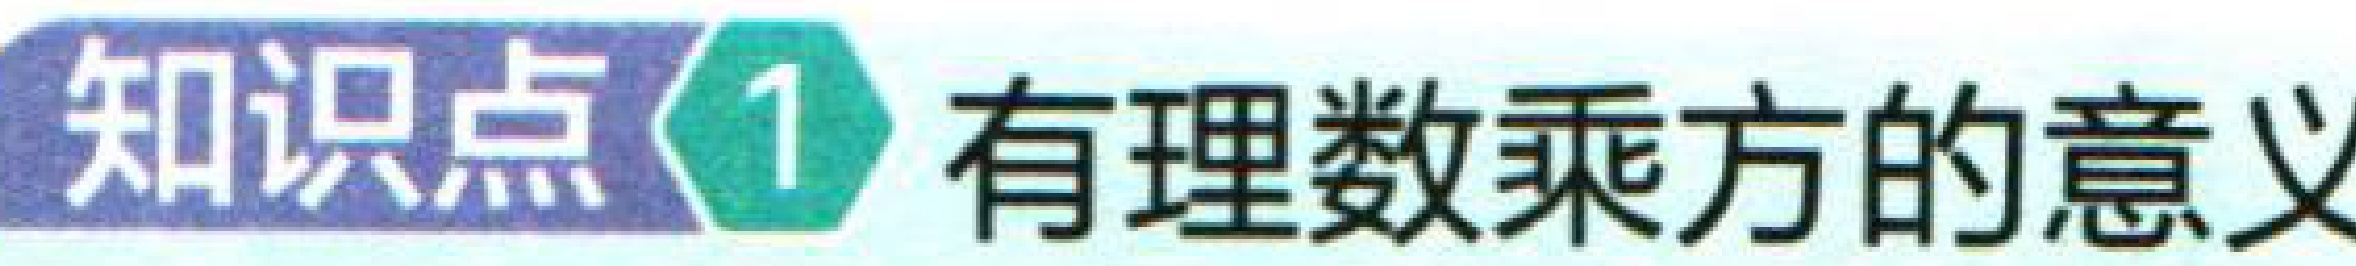
知识点\(1\) 有理数乘方的意义